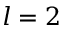
l = 2